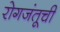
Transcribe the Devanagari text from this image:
रोगजंतूची